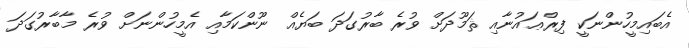
އެބައިމީހުންނަކީ ފިރްޢައުނާއި ޘަމޫދަށް ވުރެ ބާރުގަދަ ބަޔެއް ނޫންކަމާއި އެމީހުންނަށް ވުރެ މާބާރުގަދަ